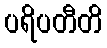
ပရိပတီတိ